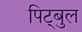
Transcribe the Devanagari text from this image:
पिट्बुल